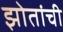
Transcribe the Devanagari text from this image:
झोतांची